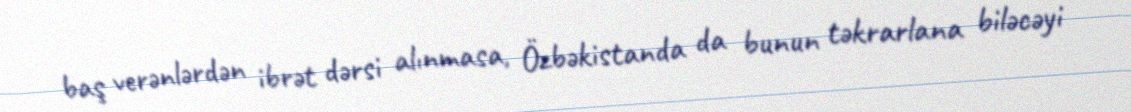
baş verənlərdən ibrət dərsi alınmasa, Özbəkistanda da bunun təkrarlana biləcəyi